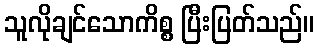
သူလိုချင်သောကိစ္စ ပြီးပြတ်သည်။